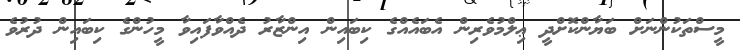
މީސްތަކުންނަށް ބަޔާންކޮށްދީ ޢިލްމުވެރިން އެބައެއްގެ ކިބައިން އިންޒާރު ދެއްވާފައިވާ މީހުންގެ ކިބައިން ދުރުވެ